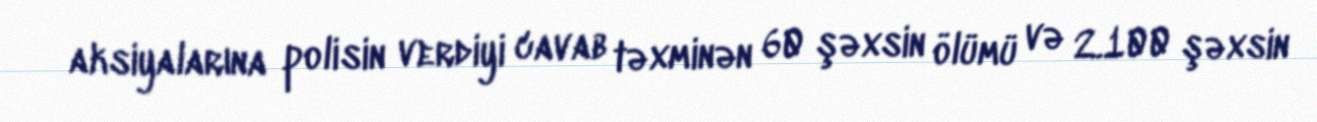
aksiyalarına polisin verdiyi cavab təxminən 60 şəxsin ölümü və 2.100 şəxsin